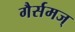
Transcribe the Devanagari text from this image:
गैर्समज्